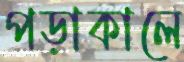
পড়াকালে